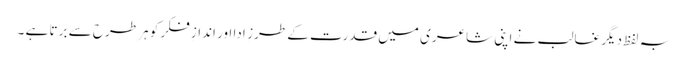
بہ لفظ دیگر غالب نے اپنی شاعری میں قدرت کے طرز ِ ادا اور اندازِ فکر کو ہر طرح سے برتا ہے ۔